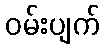
ဝမ်းပျက်